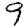
Digit: 9